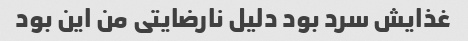
غذایش سرد بود دلیل نارضایتی من این بود